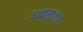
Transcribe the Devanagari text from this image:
अधस्तर